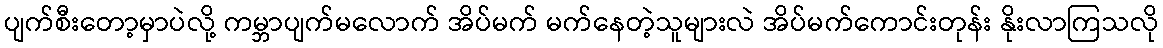
ပျက်စီးတော့မှာပဲလို့ ကမ္ဘာပျက်မလောက် အိပ်မက် မက်နေတဲ့သူများလဲ အိပ်မက်ကောင်းတုန်း နိုးလာကြသလို